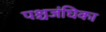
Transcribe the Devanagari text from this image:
पश्चजंघिका